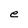
Character: e